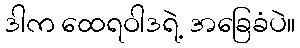
ဒါက ထေရဝါဒရဲ့ အခြေခံပဲ။